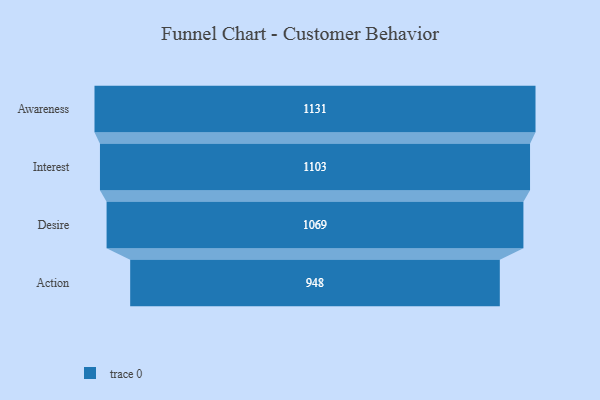
{"axis": {"x": "Stage", "y": "Value"}, "legend": [""], "data": [{"x": "Awareness", "y": 1131.0, "type": ""}, {"x": "Interest", "y": 1103.0, "type": ""}, {"x": "Desire", "y": 1069.0, "type": ""}, {"x": "Action", "y": 948.0, "type": ""}]}